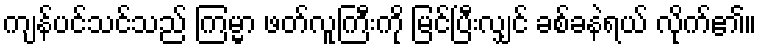
ကျန်ပင်သင်သည် ကြမ္မာ ဖတ်လူကြီးကို မြင်ပြီးလျှင် ခစ်ခနဲရယ် လိုက်၏။